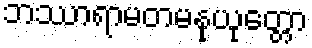
ဘဿာရာမတမနုယုတ္တော